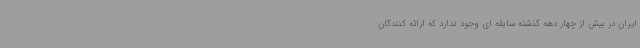
ایران در بیش از چهار دهه گذشته سابقه ای وجود ندارد که ارائه کنندگان